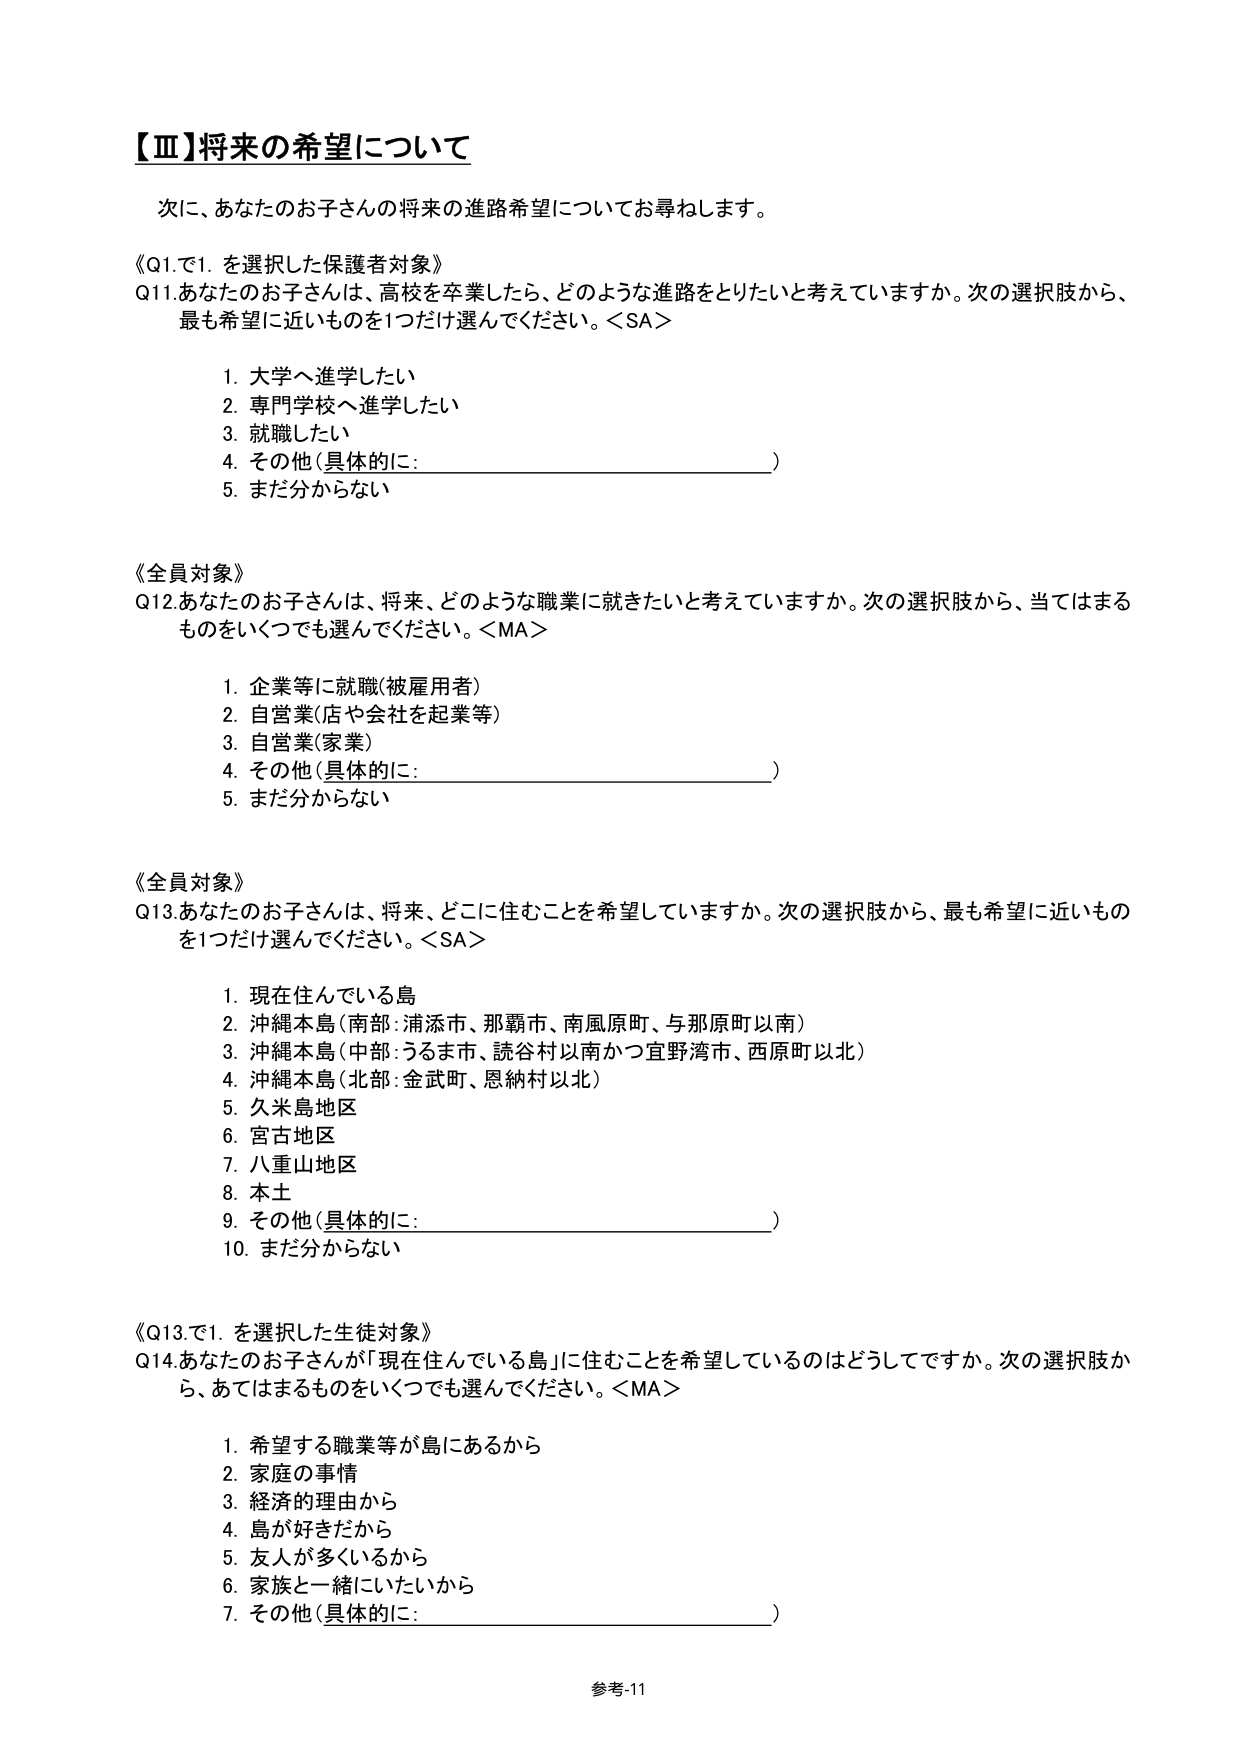
【Ⅲ】将来の希望について

次に、あなたのお子さんの将来の進路希望についてお尋ねします。

《Q1.で1. を選択した保護者対象》
Q11.あなたのお子さんは、高校を卒業したら、どのような進路をとりたいと考えていますか。次の選択肢から、
最も希望に近いものを1つだけ選んでください。＜SA＞

　1. 大学へ進学したい
　2. 専門学校へ進学したい
　3. 就職したい
　4. その他（具体的に：________________________）
　5. まだ分からない

《全員対象》
Q12.あなたのお子さんは、将来、どのような職業に就きたいと考えていますか。次の選択肢から、当てはまる
ものをいくつでも選んでください。＜MA＞

　1. 企業等に就職（被雇用者）
　2. 自営業（店や会社を起業等）
　3. 自営業（家業）
　4. その他（具体的に：________________________）
　5. まだ分からない

《全員対象》
Q13.あなたのお子さんは、将来、どこに住むことを希望していますか。次の選択肢から、最も希望に近いもの
を1つだけ選んでください。＜SA＞

　1. 現在住んでいる島
　2. 沖縄本島（南部：浦添市、那覇市、南風原町、与那原町以南）
　3. 沖縄本島（中部：うるま市、読谷村以南かつ宜野湾市、西原町以北）
　4. 沖縄本島（北部：金武町、恩納村以北）
　5. 久米島地区
　6. 宮古地区
　7. 八重山地区
　8. 本土
　9. その他（具体的に：________________________）
　10. まだ分からない

《Q13.で1. を選択した生徒対象》
Q14.あなたのお子さんが「現在住んでいる島」に住むことを希望しているのはどうしてですか。次の選択肢か
ら、あてはまるものをいくつでも選んでください。＜MA＞

　1. 希望する職業等が島にあるから
　2. 家庭の事情
　3. 経済的理由から
　4. 島が好きだから
　5. 友人が多くいるから
　6. 家族と一緒にいたいから
　7. その他（具体的に：________________________）

参考-11